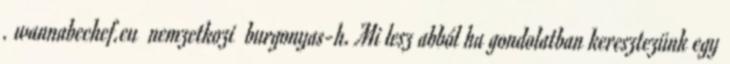
. wannabechef.eu nemzetkozi burgonyas-h. Mi lesz abból ha gondolatban keresztezünk egy